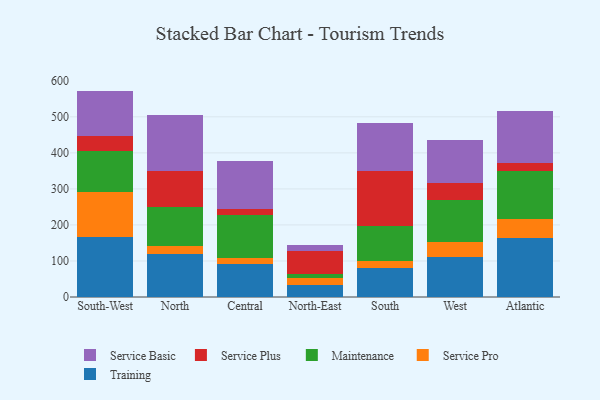
{"axis": {"x": "Region", "y": "Revenue (USD Million)"}, "legend": ["Maintenance", "Service Basic", "Service Plus", "Service Pro", "Training"], "data": [{"x": "South-West", "y": 166.4, "type": "Training"}, {"x": "South-West", "y": 123.8, "type": "Service Pro"}, {"x": "South-West", "y": 113.8, "type": "Maintenance"}, {"x": "South-West", "y": 43.4, "type": "Service Plus"}, {"x": "South-West", "y": 124.7, "type": "Service Basic"}, {"x": "North", "y": 118.5, "type": "Training"}, {"x": "North", "y": 23.4, "type": "Service Pro"}, {"x": "North", "y": 106.7, "type": "Maintenance"}, {"x": "North", "y": 102.2, "type": "Service Plus"}, {"x": "North", "y": 155.2, "type": "Service Basic"}, {"x": "Central", "y": 92.6, "type": "Training"}, {"x": "Central", "y": 15.4, "type": "Service Pro"}, {"x": "Central", "y": 119.4, "type": "Maintenance"}, {"x": "Central", "y": 17.8, "type": "Service Plus"}, {"x": "Central", "y": 133.1, "type": "Service Basic"}, {"x": "North-East", "y": 32.8, "type": "Training"}, {"x": "North-East", "y": 19.7, "type": "Service Pro"}, {"x": "North-East", "y": 11.9, "type": "Maintenance"}, {"x": "North-East", "y": 64.4, "type": "Service Plus"}, {"x": "North-East", "y": 16.0, "type": "Service Basic"}, {"x": "South", "y": 81.1, "type": "Training"}, {"x": "South", "y": 19.9, "type": "Service Pro"}, {"x": "South", "y": 95.1, "type": "Maintenance"}, {"x": "South", "y": 153.7, "type": "Service Plus"}, {"x": "South", "y": 133.2, "type": "Service Basic"}, {"x": "West", "y": 111.9, "type": "Training"}, {"x": "West", "y": 40.5, "type": "Service Pro"}, {"x": "West", "y": 116.9, "type": "Maintenance"}, {"x": "West", "y": 47.7, "type": "Service Plus"}, {"x": "West", "y": 119.5, "type": "Service Basic"}, {"x": "Atlantic", "y": 164.1, "type": "Training"}, {"x": "Atlantic", "y": 51.8, "type": "Service Pro"}, {"x": "Atlantic", "y": 133.3, "type": "Maintenance"}, {"x": "Atlantic", "y": 22.1, "type": "Service Plus"}, {"x": "Atlantic", "y": 144.3, "type": "Service Basic"}]}